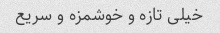
خیلی تازه و خوشمزه و سریع